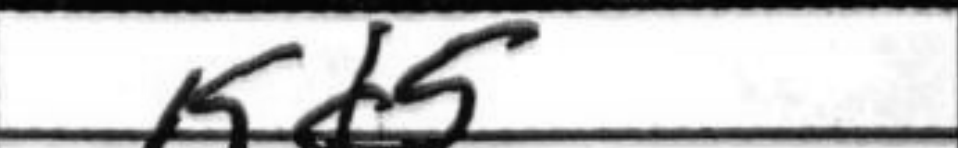
Transcription: Kd5